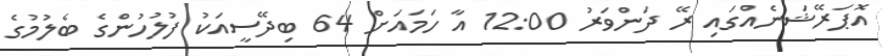
އޮޕަރޭޝަނެއްގައި ރޭ ދަންވަރު 12:00 އާ ހަމައަށް 64 ބިދޭސީއަކު ފުލުހުންގެ ބެލުމުގެ